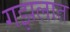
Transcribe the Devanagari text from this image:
गझलात